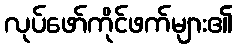
လုပ်ဖော်ကိုင်ဖက်များ၏